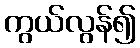
ကွယ်လွန်၍